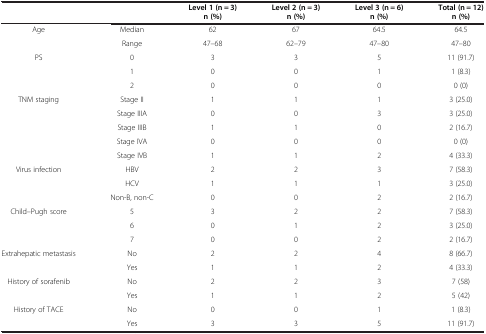
<table><thead><tr><td><b> </b></td><td><b> </b></td><td><b>Level 1 (n = 3) n (%)</b></td><td><b>Level 2 (n = 3) n (%)</b></td><td><b>Level 3 (n = 6) n (%)</b></td><td><b>Total (n = 12) n (%)</b></td></tr></thead><tbody><tr><td rowspan="2">Age</td><td>Median</td><td>62</td><td>67</td><td>64.5</td><td>64.5</td></tr><tr><td>Range</td><td>47–68</td><td>62–79</td><td>47–80</td><td>47–80</td></tr><tr><td rowspan="3">PS</td><td>0</td><td>3</td><td>3</td><td>5</td><td>11 (91.7)</td></tr><tr><td>1</td><td>0</td><td>0</td><td>1</td><td>1 (8.3)</td></tr><tr><td>2</td><td>0</td><td>0</td><td>0</td><td>0 (0)</td></tr><tr><td rowspan="5">TNM staging</td><td>Stage II</td><td>1</td><td>1</td><td>1</td><td>3 (25.0)</td></tr><tr><td>Stage IIIA</td><td>0</td><td>0</td><td>3</td><td>3 (25.0)</td></tr><tr><td>Stage IIIB</td><td>1</td><td>1</td><td>0</td><td>2 (16.7)</td></tr><tr><td>Stage IVA</td><td>0</td><td>0</td><td>0</td><td>0 (0)</td></tr><tr><td>Stage IVB</td><td>1</td><td>1</td><td>2</td><td>4 (33.3)</td></tr><tr><td rowspan="3">Virus infection</td><td>HBV</td><td>2</td><td>2</td><td>3</td><td>7 (58.3)</td></tr><tr><td>HCV</td><td>1</td><td>1</td><td>1</td><td>3 (25.0)</td></tr><tr><td>Non-B, non-C</td><td>0</td><td>0</td><td>2</td><td>2 (16.7)</td></tr><tr><td rowspan="3">Child–Pugh score</td><td>5</td><td>3</td><td>2</td><td>2</td><td>7 (58.3)</td></tr><tr><td>6</td><td>0</td><td>1</td><td>2</td><td>3 (25.0)</td></tr><tr><td>7</td><td>0</td><td>0</td><td>2</td><td>2 (16.7)</td></tr><tr><td rowspan="2">Extrahepatic metastasis</td><td>No</td><td>2</td><td>2</td><td>4</td><td>8 (66.7)</td></tr><tr><td>Yes</td><td>1</td><td>1</td><td>2</td><td>4 (33.3)</td></tr><tr><td rowspan="2">History of sorafenib</td><td>No</td><td>2</td><td>2</td><td>3</td><td>7 (58)</td></tr><tr><td>Yes</td><td>1</td><td>1</td><td>2</td><td>5 (42)</td></tr><tr><td>History of TACE</td><td>No</td><td>0</td><td>0</td><td>1</td><td>1 (8.3)</td></tr><tr><td> </td><td>Yes</td><td>3</td><td>3</td><td>5</td><td>11 (91.7)</td></tr></tbody></table>